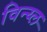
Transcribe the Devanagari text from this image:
विन्य्ल